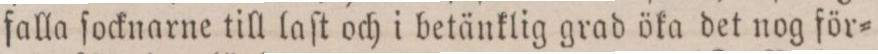
falla ſocknarne till laſt och i betänklig grad öka det nog för=